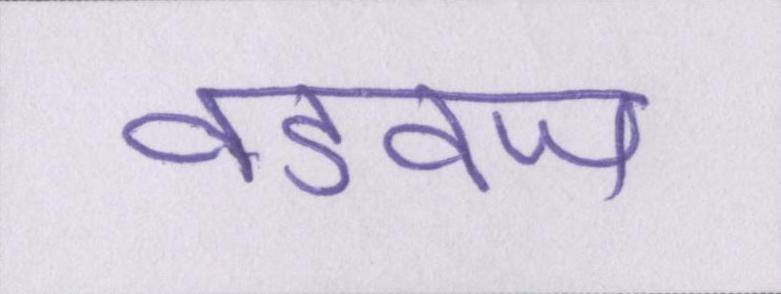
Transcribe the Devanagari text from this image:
वडवज